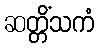
ဆတ္တိံသကံ